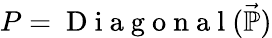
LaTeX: P=\mathrm{~D~i~a~g~o~n~a~l~}(\vec{\mathbb{P}})